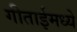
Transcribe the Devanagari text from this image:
गीताईमध्ये